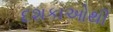
દશકાઓથી